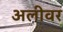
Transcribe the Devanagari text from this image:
अलीवर